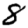
Digit: 8